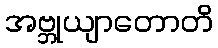
အဗ္ဘုယျာတောတိ